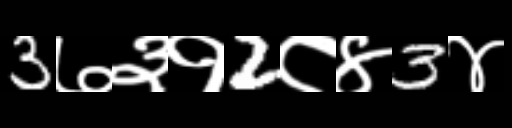
Text: 3७३१2८४3४